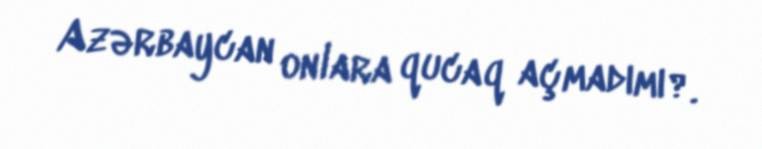
Azərbaycan onlara qucaq açmadımı?.